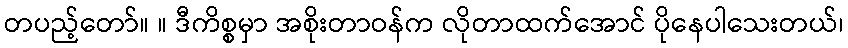
တပည့်တော်။ ။ ဒီကိစ္စမှာ အစိုးတာဝန်က လိုတာထက်အောင် ပိုနေပါသေးတယ်၊